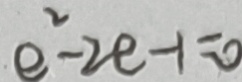
e ^ { 2 } - 2 e - 1 = 0